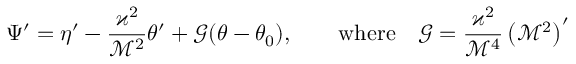
\Psi ^ { \prime } = \eta ^ { \prime } - \frac { \varkappa ^ { 2 } } { \mathcal { M } ^ { 2 } } \theta ^ { \prime } + \mathcal { G } ( \theta - \theta _ { 0 } ) , \qquad \mathrm { w h e r e } \quad \mathcal { G } = \frac { \varkappa ^ { 2 } } { \mathcal { M } ^ { 4 } } \left( \mathcal { M } ^ { 2 } \right) ^ { \prime }